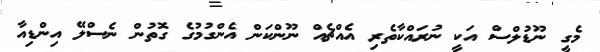
މެގީ ނޫޑުލްސް އަކީ ނުރައްކާތެރި އެއްޗެއް ނޫންކަން އެންގުމުގެ ގޮތުން ނެސްލޭ އިންޑިއާ